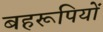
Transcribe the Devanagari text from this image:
बहरूपियों